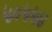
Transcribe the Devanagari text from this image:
५०५५४